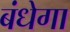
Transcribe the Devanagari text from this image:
बंधेगा